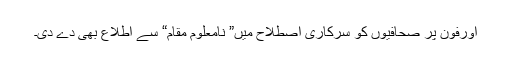
اورفون پر صحافیوں کو سرکاری اصطلاح میں” نامعلوم مقام“ سے اطلاع بھی دے دی۔